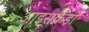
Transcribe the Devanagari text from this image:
आइसकैंडी